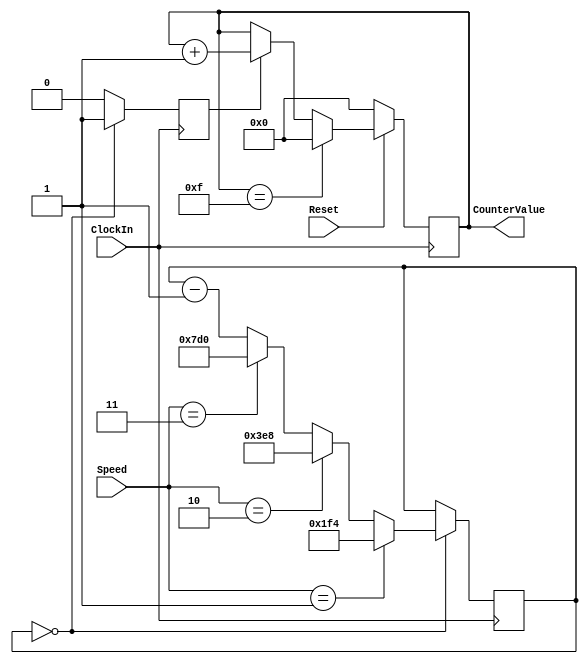
module part2(ClockIn, Reset, Speed, CounterValue);
  input Reset, ClockIn;
  input [1:0] Speed;
  output [3:0] CounterValue;
  reg[3:0] q = 4'b0000;// declare q

  // Slowest clock is 0.25Hz, or 2000 clock cycles at 500Hz
  // Lowest size that can hold: 2^11 = 2048
  reg [10:0] RateDivider = 11'b00000000000;
  reg Enable = 1'b1;

  always @(posedge ClockIn) // triggered every time clock rises
  begin
    if(RateDivider == 11'b00000000000)
      Enable <= 1'b1;
    else
      Enable <= 1'b0;

    if(Reset == 0)       // when Clearb is 0
      q <= 0;                // q is set to 0
    else if(q == 4'b1111)   // when q is the maximum value for the counter
      q <= 0;                // q reset to 0
    else if(Enable == 1'b1) // increment q only when Enable is 1
      q <= q + 1;            // increment q

    if(RateDivider == 11'b00000000000) //Reset rate counter
      if(Speed == 2'b01) //1Hz, or 500 cycles
        RateDivider <= 11'b00111110100;
      else if(Speed == 2'b10) //.5Hz, or 1000 cycles
        RateDivider <= 11'b01111101000;
      else if(Speed == 2'b11) //.25Hz, or 2000 cycles
        RateDivider <= 11'b11111010000;
    else
      RateDivider <= RateDivider - 1;
  end

  assign CounterValue = q;
endmodule